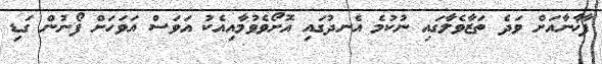
ފާޚާނާއަށް ވަދެ ތަޒާވެލާގައި ނުކުމެ އެނދުގައި އޮށޯވެވުމާއިއެކު އަވަސް އަވަހަށް ފޯނުން ގަޑި